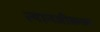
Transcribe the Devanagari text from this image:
त्यानजीकच्या